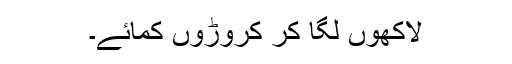
لاکھوں لگا کر کروڑوں کمائے۔